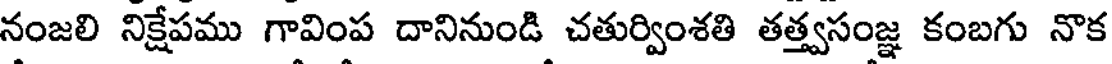
నంజలి నిక్షేపము గావింప దానినుండి చతుర్వింశతి తత్త్వసంజ్ఞ కంబగు నొక